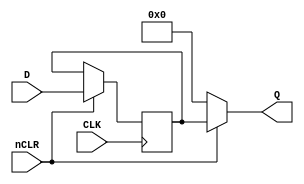
`timescale 1ns / 1ps
//////////////////////////////////////////////////////////////////////////////////
// Company: 
// 
// Design Name:    LS273
// Module Name:    system86/ttl/ls273.v
// Project Name:   Namco System86 simulation
// Target Devices: 
// Tool versions: 
// Description: 	 LS273 - Octal D-Type Positive-Edge-Triggered Flip-Flops With Clear
//
// Dependencies: 
//
// Revision: 
// Revision 0.01 - File Created
// Additional Comments: 
// License:        https://www.apache.org/licenses/LICENSE-2.0
//
//////////////////////////////////////////////////////////////////////////////////
module ls273(
        input wire CLK,
        input wire nCLR,
        input wire [7:0] D,
        output reg [7:0] Q
    );

	reg [7:0] QLatched = 0;
	
	always @(posedge CLK) begin
		if (nCLR)
			QLatched = D;
	end
	
	always @(nCLR or QLatched) begin
		if (!nCLR)
			Q = 8'b0;
		else
			Q = QLatched;
	end
	
endmodule